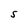
Character: S